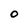
Character: O